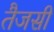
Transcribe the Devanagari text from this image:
तैजसी